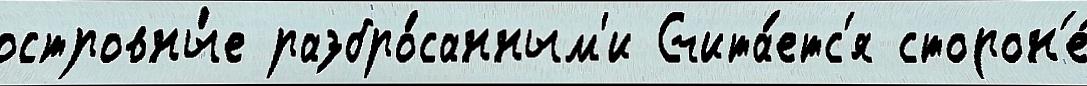
островны́е разбро́санным'и Счита́етс'я сторон'е́